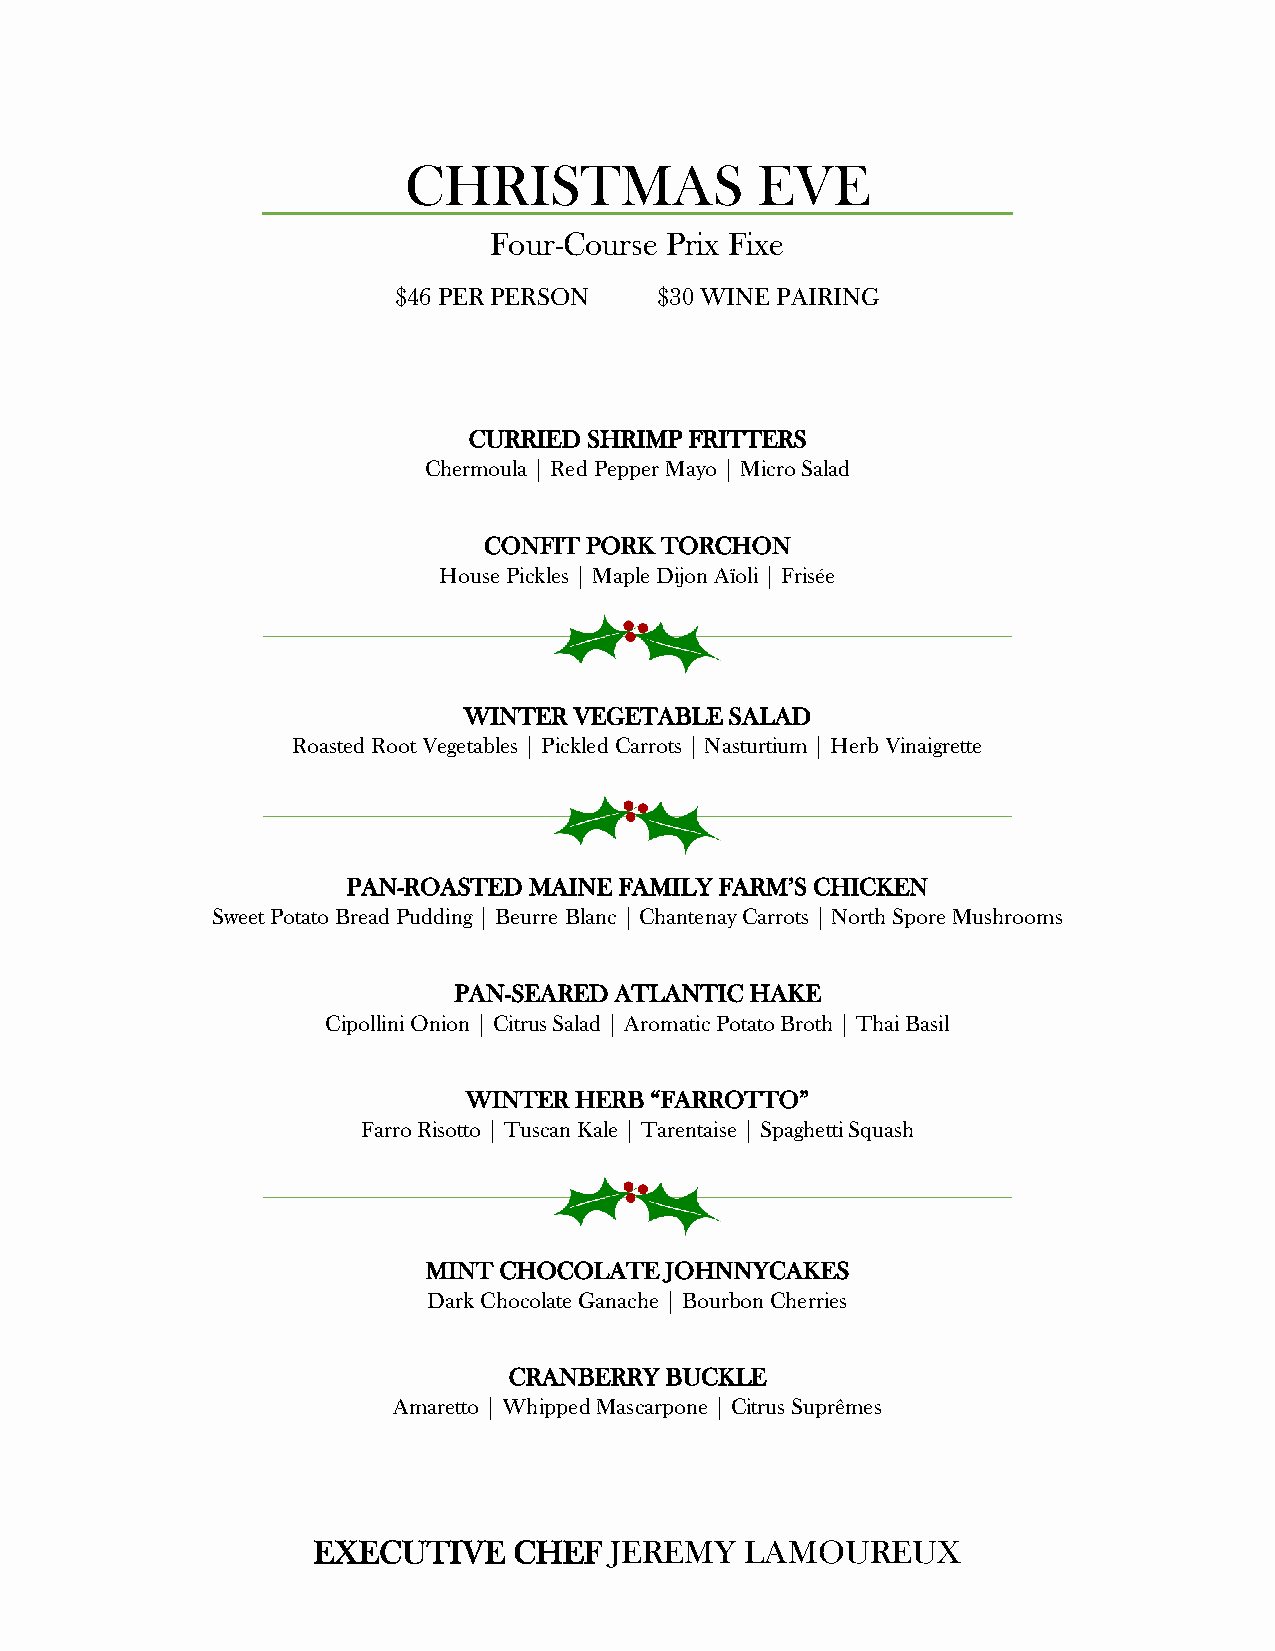
CHRISTMAS              EVE
 Four-Course Prix Fixe
 $46 PER PERSON    $30 WINE PAIRING
 CURRIED SHRIMP FRITTERS
 Chermoula | Red Pepper Mayo | Micro Salad
 CONFIT PORK TORCHON
 House Pickles | Maple Dijon Aïoli | Frisée
 WINTER VEGETABLE SALAD
 Roasted Root Vegetables | Pickled Carrots | Nasturtium | Herb Vinaigrette
 PAN-ROASTED MAINE FAMILY FARM’S CHICKEN
 Sweet Potato Bread Pudding | Beurre Blanc | Chantenay Carrots | North Spore Mushrooms
 PAN-SEARED ATLANTIC HAKE
 Cipollini Onion | Citrus Salad | Aromatic Potato Broth | Thai Basil
 WINTER HERB “FARROTTO”
 Farro Risotto | Tuscan Kale | Tarentaise | Spaghetti Squash
 MINT CHOCOLATE  JOHNNYCAKES
 Dark Chocolate Ganache | Bourbon Cherries
 CRANBERRY BUCKLE
 Amaretto | Whipped Mascarpone | Citrus Suprêmes
 EXECUTIVE    CHEF  JEREMY   LAMOUREUX